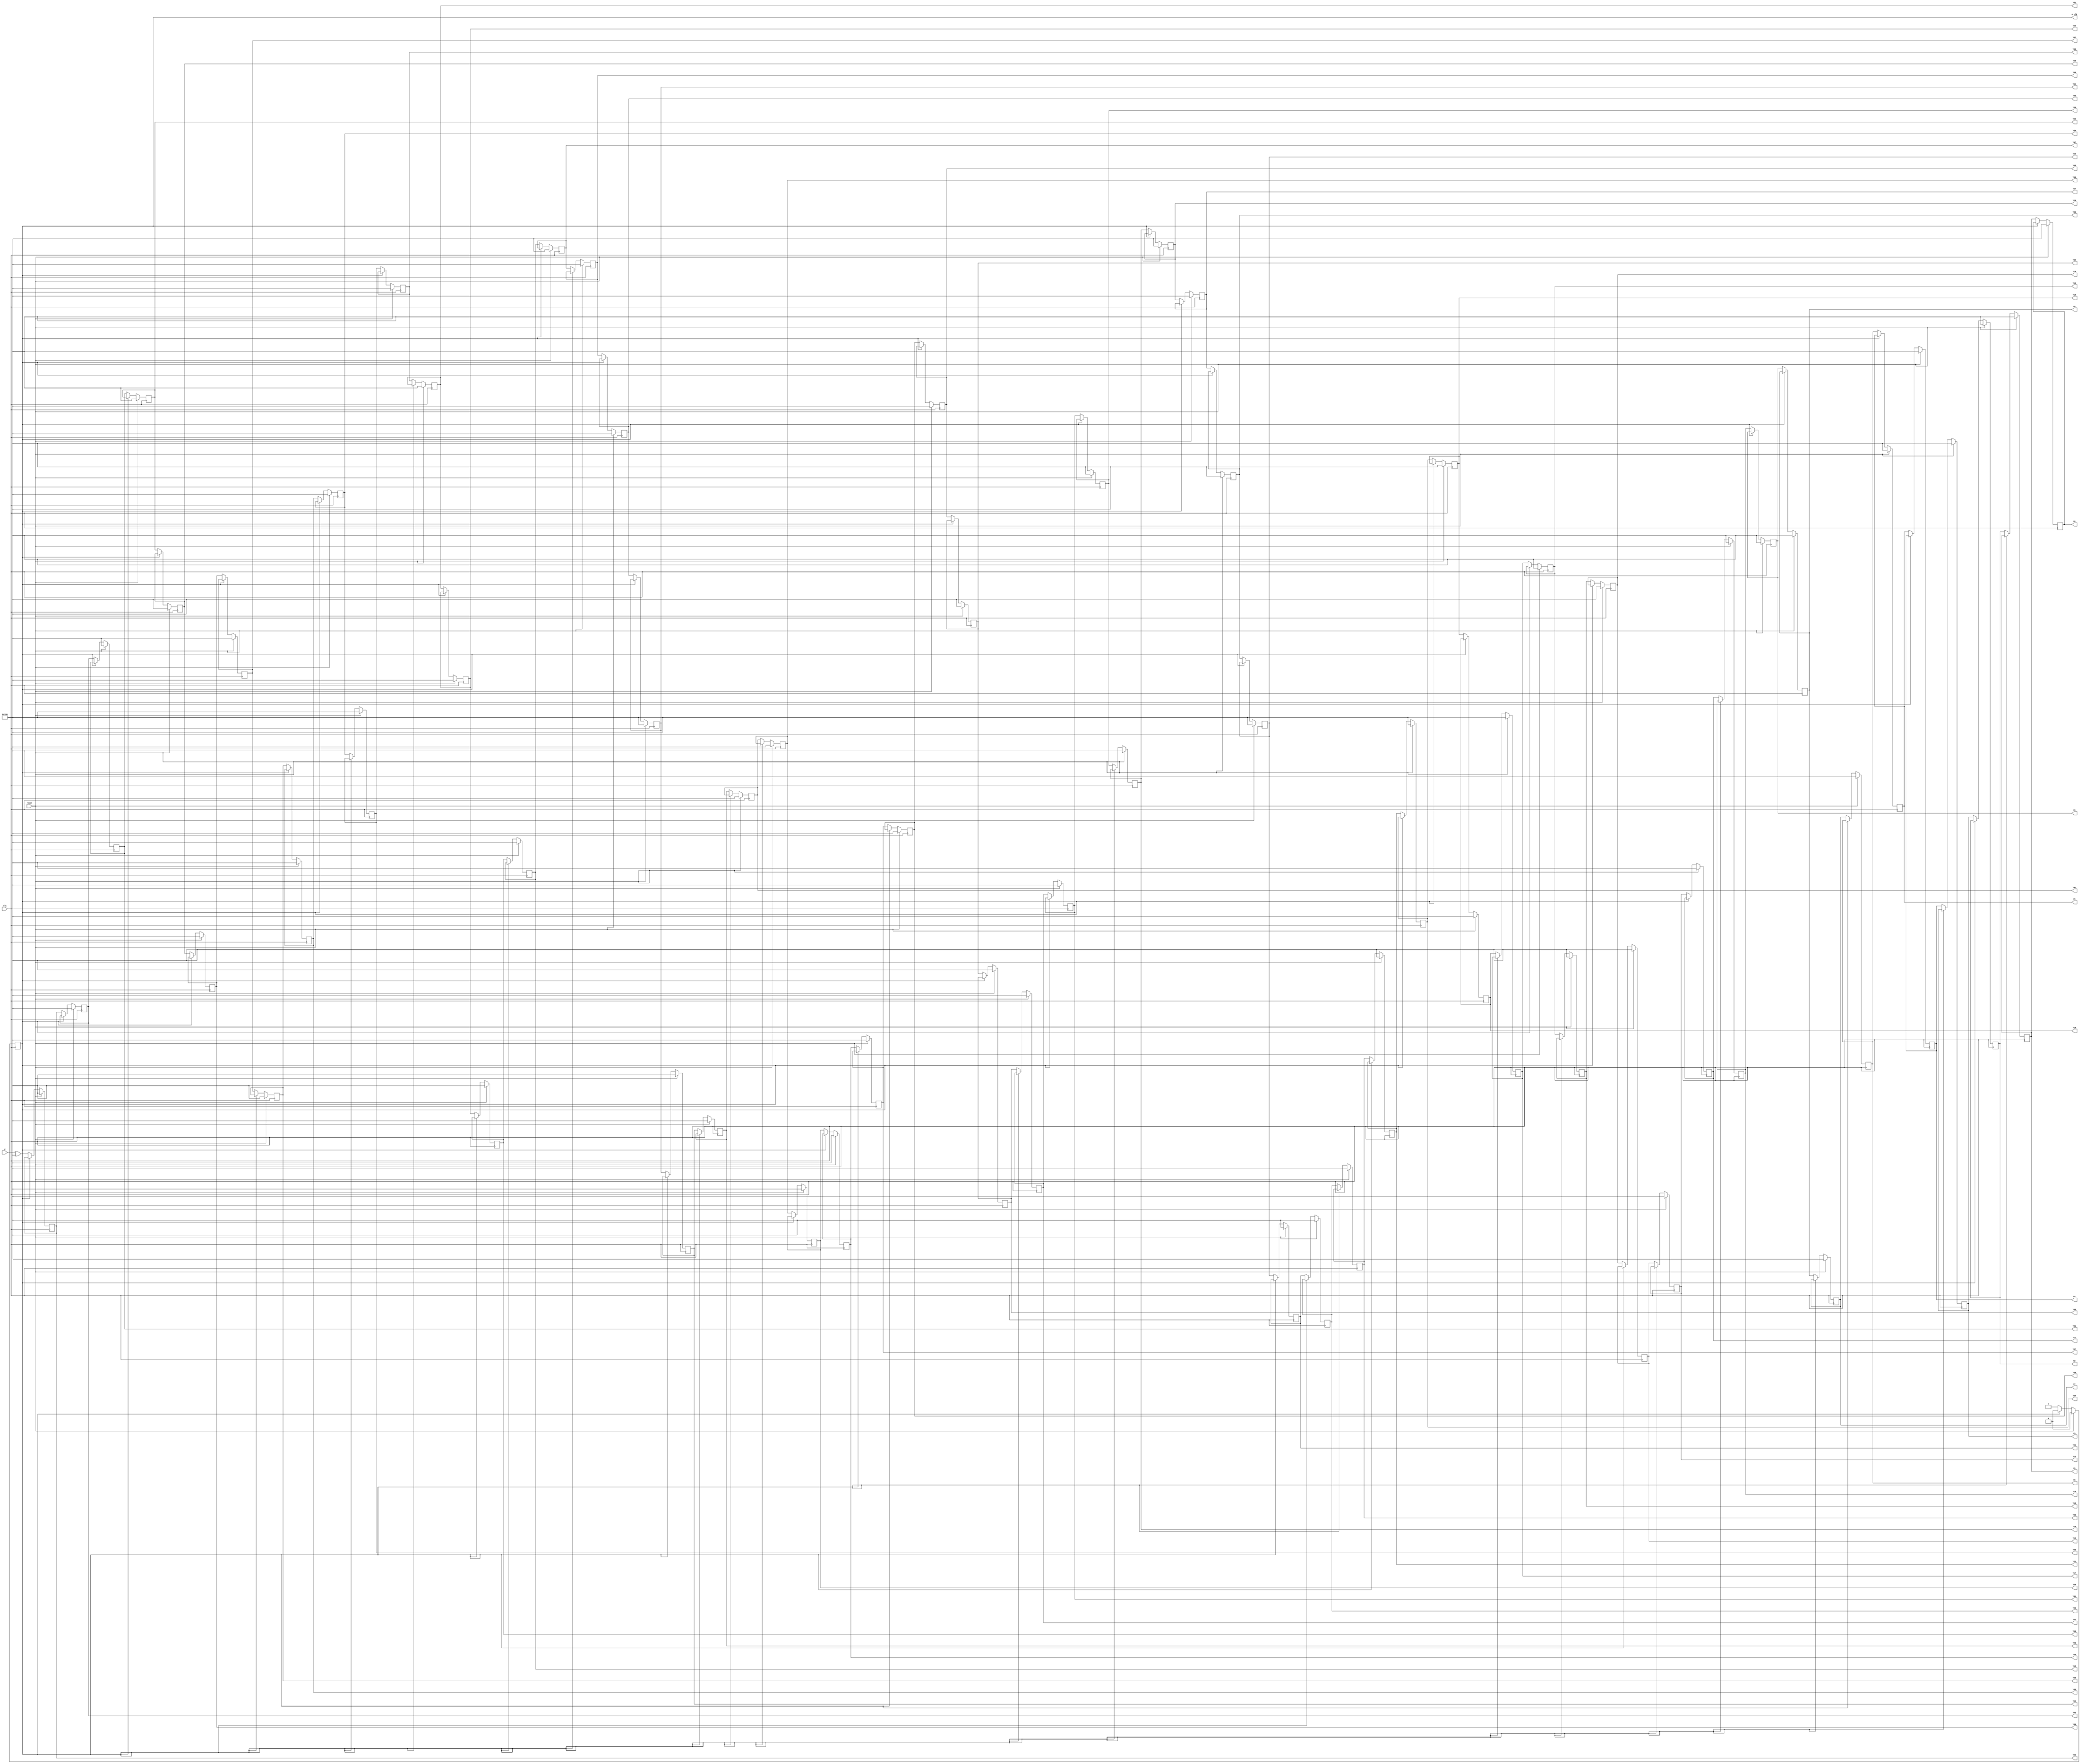
module s_to_p(clk, reset, 
              X,
              Y0,  Y1,  Y2,  Y3,  
              Y4,  Y5,  Y6,  Y7,  
              Y8,  Y9,  Y10, Y11, 
              Y12, Y13, Y14, Y15, 
              Y16, Y17, Y18, Y19, 
              Y20, Y21, Y22, Y23, 
              Y24, Y25, Y26, Y27, 
              Y28, Y29, Y30, Y31, 
              Y32, Y33, Y34, Y35, 
              Y36, Y37, Y38, Y39, 
              Y40, Y41, Y42, Y43, 
              Y44, Y45, Y46, Y47, 
              Y48, Y49, Y50, Y51, 
              Y52, Y53, Y54, Y55, 
              Y56, Y57, Y58, Y59, 
              Y60, Y61, Y62, Y63, 
              o_clk);
    
    parameter WIDTH=10, OUTPUT_SIZE=64;
    
    integer             i;
    
    input               clk; 
    input               reset;
    input [WIDTH-1:0]   X;
    output [WIDTH-1:0]  Y0,  Y1,  Y2,  Y3,  
                        Y4,  Y5,  Y6,  Y7,  
                        Y8,  Y9,  Y10, Y11, 
                        Y12, Y13, Y14, Y15, 
                        Y16, Y17, Y18, Y19, 
                        Y20, Y21, Y22, Y23, 
                        Y24, Y25, Y26, Y27, 
                        Y28, Y29, Y30, Y31, 
                        Y32, Y33, Y34, Y35, 
                        Y36, Y37, Y38, Y39, 
                        Y40, Y41, Y42, Y43, 
                        Y44, Y45, Y46, Y47, 
                        Y48, Y49, Y50, Y51, 
                        Y52, Y53, Y54, Y55, 
                        Y56, Y57, Y58, Y59, 
                        Y60, Y61, Y62, Y63;
    output reg          o_clk = 0;
    
    reg [WIDTH-1:0]     r_mem[OUTPUT_SIZE-1:0];
      
    assign Y0 = r_mem[0];
    assign Y1 = r_mem[1];
    assign Y2 = r_mem[2];
    assign Y3 = r_mem[3];
    assign Y4 = r_mem[4];
    assign Y5 = r_mem[5];
    assign Y6 = r_mem[6];
    assign Y7 = r_mem[7];
    assign Y8 = r_mem[8];
    assign Y9 = r_mem[9];
    assign Y10 = r_mem[10];
    assign Y11 = r_mem[11];
    assign Y12 = r_mem[12];
    assign Y13 = r_mem[13];
    assign Y14 = r_mem[14];
    assign Y15 = r_mem[15];
    assign Y16 = r_mem[16];
    assign Y17 = r_mem[17];
    assign Y18 = r_mem[18];
    assign Y19 = r_mem[19];
    assign Y20 = r_mem[20];
    assign Y21 = r_mem[21];
    assign Y22 = r_mem[22];
    assign Y23 = r_mem[23];
    assign Y24 = r_mem[24];
    assign Y25 = r_mem[25];
    assign Y26 = r_mem[26];
    assign Y27 = r_mem[27];
    assign Y28 = r_mem[28];
    assign Y29 = r_mem[29];
    assign Y30 = r_mem[30];
    assign Y31 = r_mem[31];
    assign Y32 = r_mem[32];
    assign Y33 = r_mem[33];
    assign Y34 = r_mem[34];
    assign Y35 = r_mem[35];
    assign Y36 = r_mem[36];
    assign Y37 = r_mem[37];
    assign Y38 = r_mem[38];
    assign Y39 = r_mem[39];
    assign Y40 = r_mem[40];
    assign Y41 = r_mem[41];
    assign Y42 = r_mem[42];
    assign Y43 = r_mem[43];
    assign Y44 = r_mem[44];
    assign Y45 = r_mem[45];
    assign Y46 = r_mem[46];
    assign Y47 = r_mem[47];
    assign Y48 = r_mem[48];
    assign Y49 = r_mem[49];
    assign Y50 = r_mem[50];
    assign Y51 = r_mem[51];
    assign Y52 = r_mem[52];
    assign Y53 = r_mem[53];
    assign Y54 = r_mem[54];
    assign Y55 = r_mem[55];
    assign Y56 = r_mem[56];
    assign Y57 = r_mem[57];
    assign Y58 = r_mem[58];
    assign Y59 = r_mem[59];
    assign Y60 = r_mem[60];
    assign Y61 = r_mem[61];
    assign Y62 = r_mem[62];
    assign Y63 = r_mem[63];

    always @ (posedge clk) begin
        if (reset) begin
            for(i = 0; i < OUTPUT_SIZE; i = i + 1) begin
                r_mem[i] <= 10'h200;
            end
            o_clk <= 0;
        end
        else begin
            if (o_clk) begin
                // This is the negative edge of the output clock
                o_clk <= 0;
            end
            else begin
                // This is the positive edge of the output clock
                o_clk <= 1;
                // Shift register based FIFO
                for(i = 1; i < OUTPUT_SIZE; i = i + 1) begin
                    r_mem[i - 1] <= r_mem[i];
                end
                r_mem[OUTPUT_SIZE - 1] <= X ^ 10'h200;
            end
        end
    end
      
endmodule